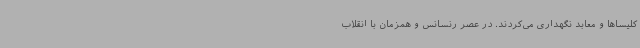
کلیساها و معابد نگهداری می‌کردند. در عصر رنسانس و همزمان با انقلاب